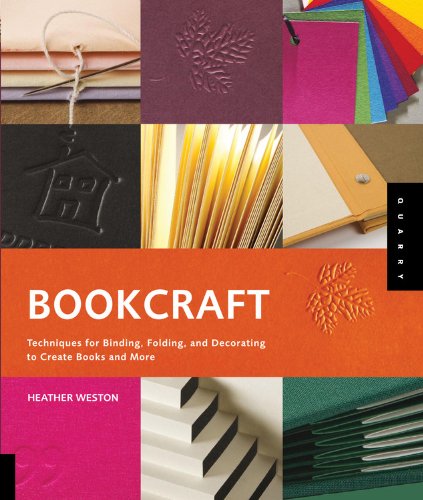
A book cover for Bookcraft: Techniques for Binding, Folding, and Decorating to Create Books and More; Heather Weston; Crafts, Hobbies & Home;